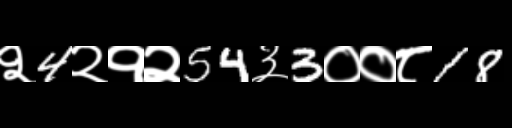
Text: २4२१२54३3००८18